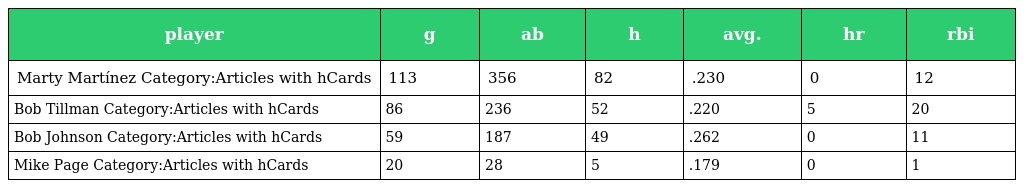
| player | g | ab | h | avg. | hr | rbi |
 | --- | --- | --- | --- | --- | --- | --- |
 | Marty Martínez Category:Articles with hCards | 113 | 356 | 82 | .230 | 0 | 12 |
 | Bob Tillman Category:Articles with hCards | 86 | 236 | 52 | .220 | 5 | 20 |
 | Bob Johnson Category:Articles with hCards | 59 | 187 | 49 | .262 | 0 | 11 |
 | Mike Page Category:Articles with hCards | 20 | 28 | 5 | .179 | 0 | 1 |